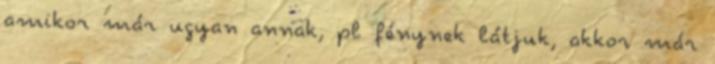
amikor már ugyan annak, pl fénynek látjuk, akkor már